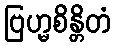
ဗြဟ္မစိန္တိတံ